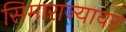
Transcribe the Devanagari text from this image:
सिमाराज्यावर